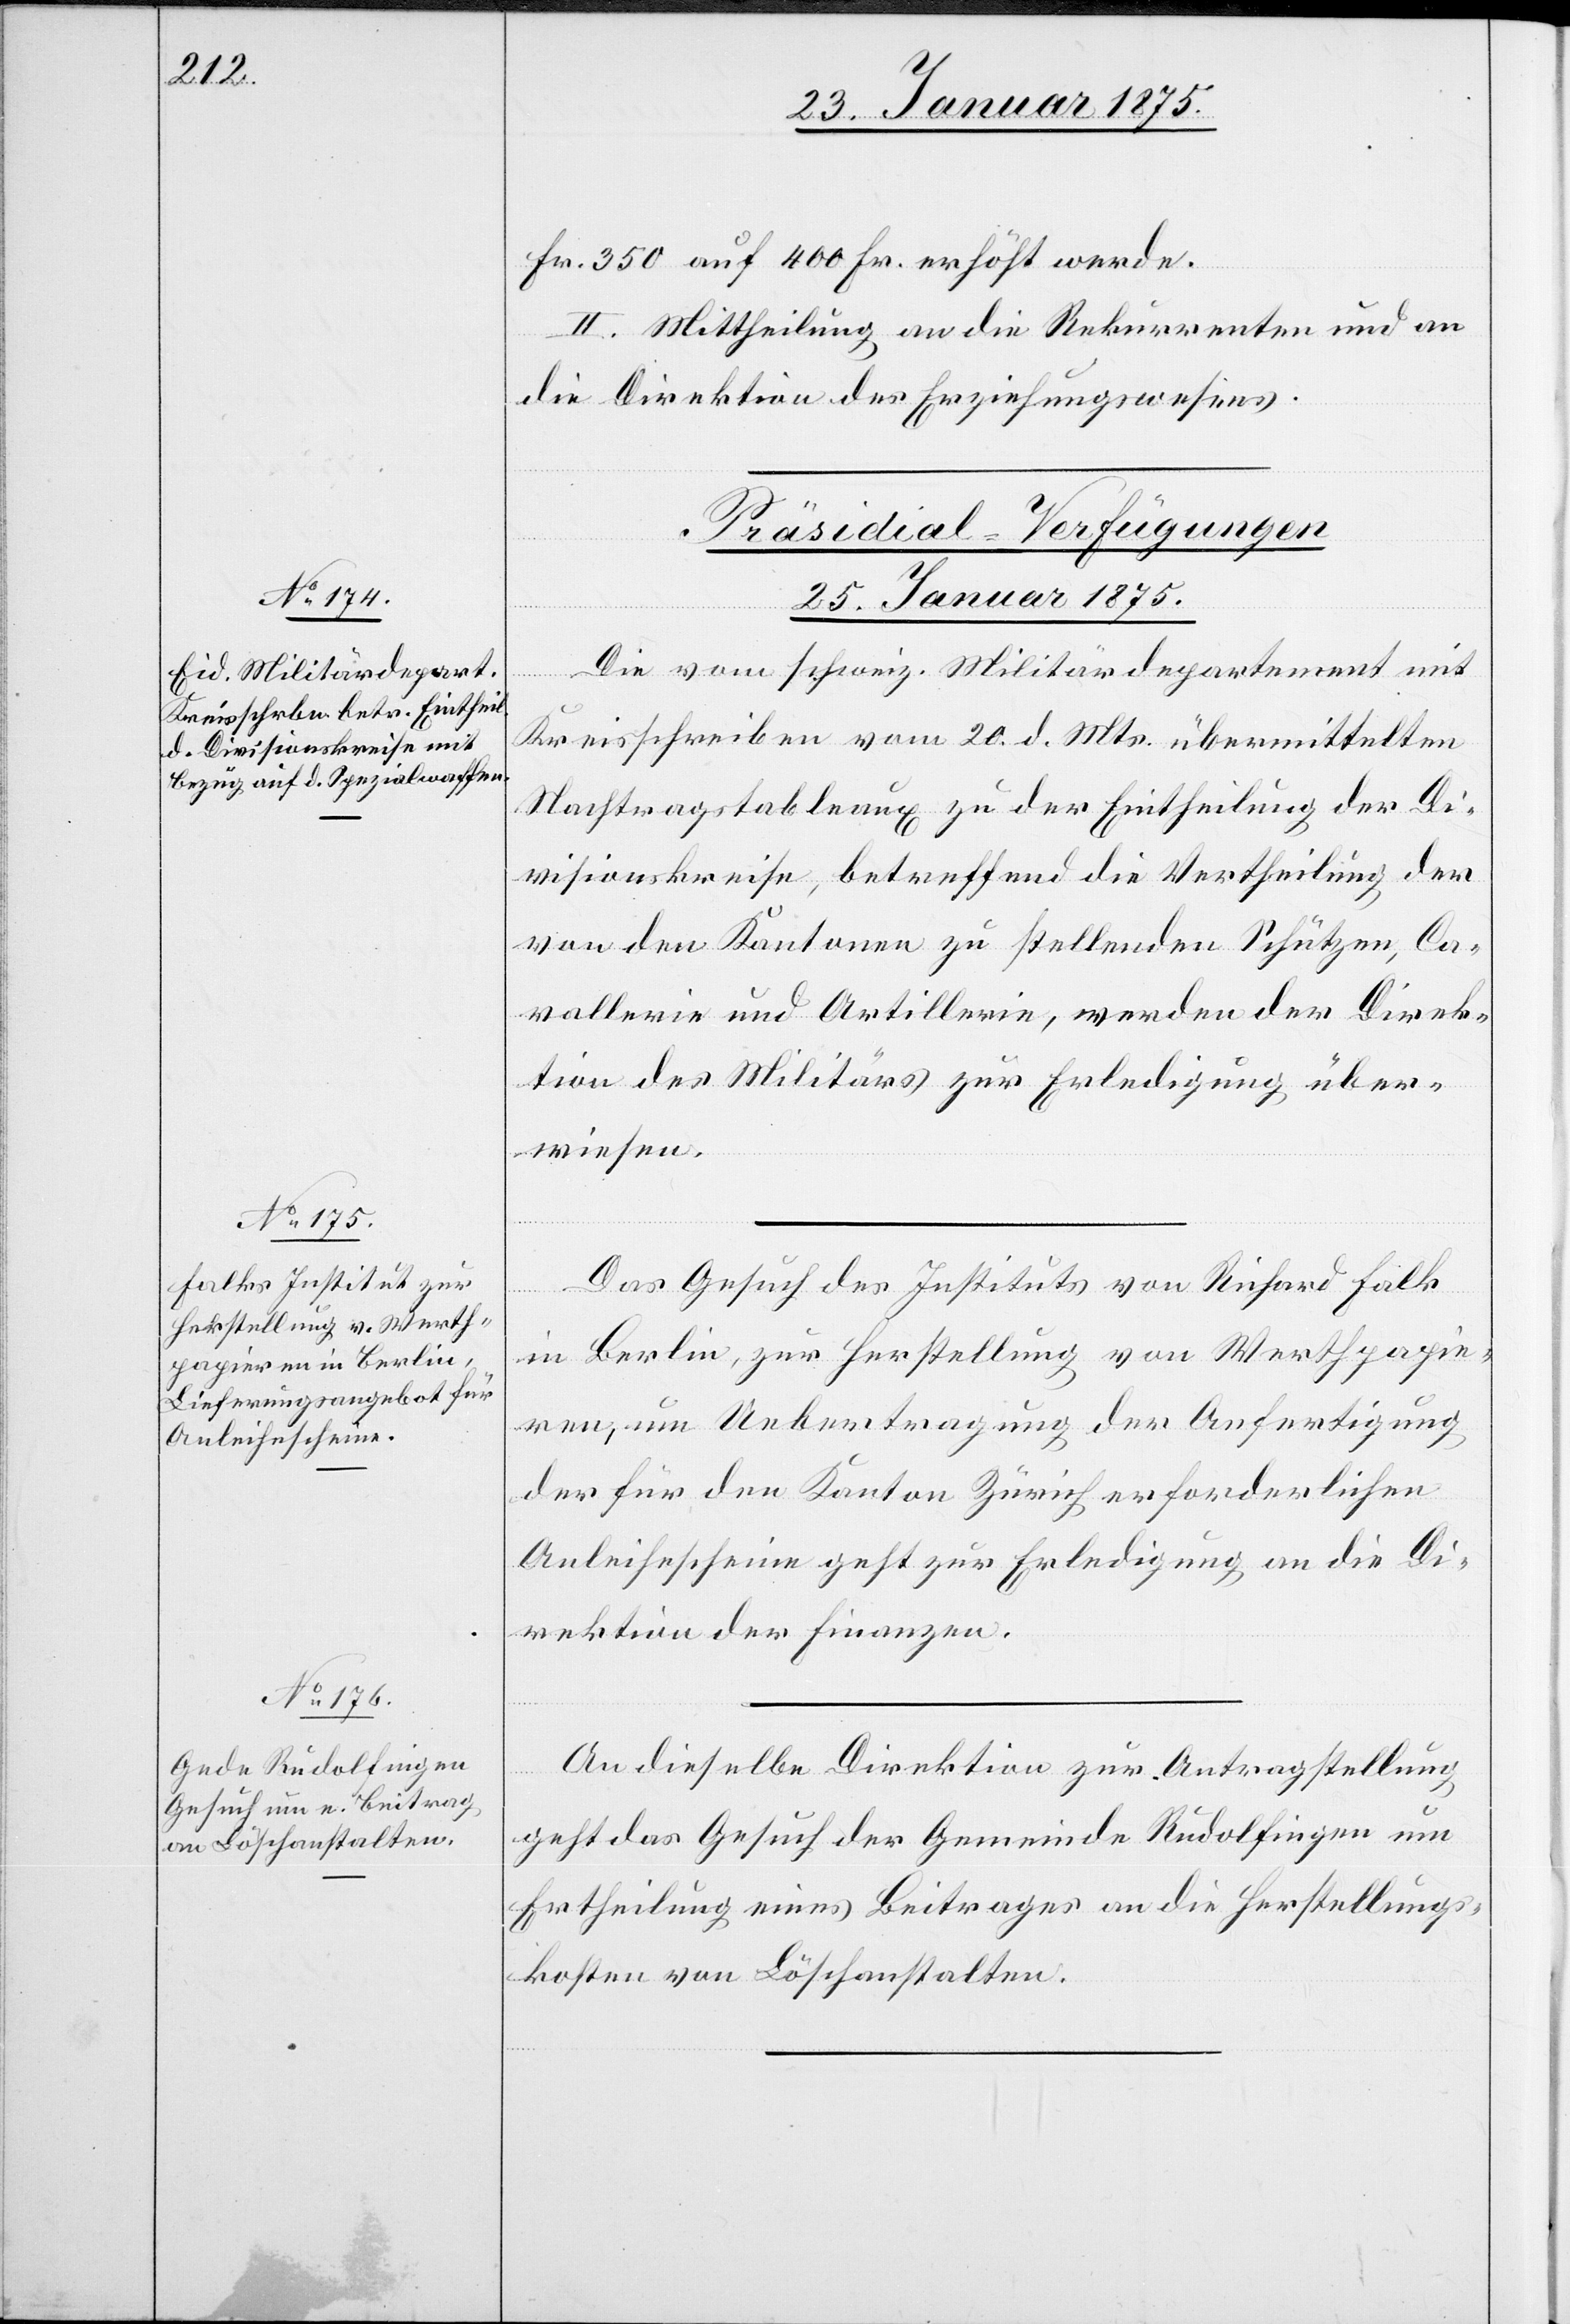
Fr. 350 auf 400 Fr. erhöht werde.
II. Mittheilung an die Rekurrenten und an
die Direktion des Erziehungswesens.
[Präsidial-Verfügungen
25. Januar 1875.]
Die vom schweiz. Militärdepartement mit
Kreisschreiben vom 20. d. Mts. übermittelten
Nachtragstableaux zu der Eintheilung der Di¬
visionskreise, betreffend die Vertheilung der
von den Kantonen zu stellenden Schützen, Ca¬
vallerie und Artillerie, werden der Direk¬
tion des Militärs zur Erledigung über¬
wiesen.
Das Gesuch des Instituts von Richard Falk
in Berlin, zur Herstellung von Werthpapie¬
ren, um Uebertragung der Anfertigung
der für den Kanton Zürich erforderlichen
Anleihescheine geht zur Erledigung an die Di¬
rektion der Finanzen.
An dieselbe Direktion zur Antragstellung
geht das Gesuch der Gemeinde Rudolfingen um
Ertheilung eines Beitrages an die Herstellungs¬
kosten von Löschanstalten.